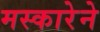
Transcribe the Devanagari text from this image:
मस्कारेने